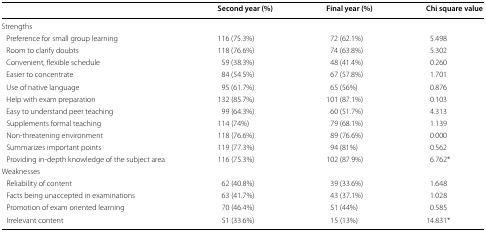
|  | Second year (%) | Final year (%) | Chi square value |
 | --- | --- | --- | --- |
 | <COLSPAN=4> Strengths |
 | Preference for small group learning | 116 (75.3%) | 72 (62.1%) | 5.498 |
 | Room to clarify doubts | 118 (76.6%) | 74 (63.8%) | 5.302 |
 | Convenient, flexible schedule | 59 (38.3%) | 48 (41.4%) | 0.260 |
 | Easier to concentrate | 84 (54.5%) | 67 (57.8%) | 1.701 |
 | Use of native language | 95 (61.7%) | 65 (56%) | 0.876 |
 | Help with exam preparation | 132 (85.7%) | 101 (87.1%) | 0.103 |
 | Easy to understand peer teaching | 99 (64.3%) | 60 (51.7%) | 4.313 |
 | Supplements formal teaching | 114 (74%) | 79 (68.1%) | 1.139 |
 | Non-threatening environment | 118 (76.6%) | 89 (76.6%) | 0.000 |
 | Summarizes important points | 119 (77.3%) | 94 (81%) | 0.562 |
 | Providing in-depth knowledge of the subject area | 116 (75.3%) | 102 (87.9%) | 6.762* |
 | <COLSPAN=4> Weaknesses |
 | Reliability of content | 62 (40.8%) | 39 (33.6%) | 1.648 |
 | Facts being unaccepted in examinations | 63 (41.7%) | 43 (37.1%) | 1.028 |
 | Promotion of exam oriented learning | 70 (46.4%) | 51 (44%) | 0.585 |
 | Irrelevant content | 51 (33.6%) | 15 (13%) | 14.831* |